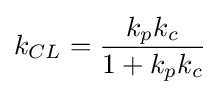
k_{CL}={\frac {k_{p}k_{c}}{1+k_{p}k_{c}}}